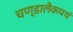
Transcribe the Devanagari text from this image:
चण्डालैकपथं